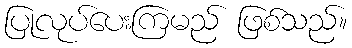
ပြုလုပ်ပေးကြမည် ဖြစ်သည်။